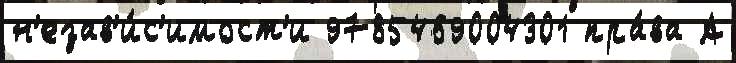
н'езав'и́с'имост'и 9785469004301 пра́ва А